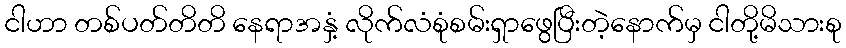
ငါဟာ တစ်ပတ်တိတိ နေရာအနှံ့ လိုက်လံစုံစမ်းရှာဖွေပြီးတဲ့နောက်မှ ငါတို့မိသားစု